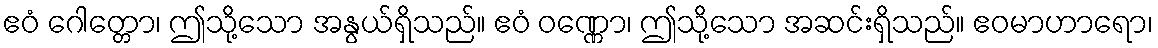
ဧဝံ ဂေါတ္တော၊ ဤသို့သော အနွယ်ရှိသည်။ ဧဝံ ဝဏ္ဏော၊ ဤသို့သော အဆင်းရှိသည်။ ဧဝမာဟာရော၊